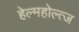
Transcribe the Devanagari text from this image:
हेल्महोल्त्ज